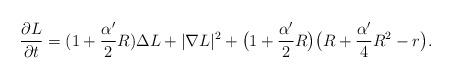
\begin{align*}\frac{\partial L}{\partial t}=(1+\frac{\alpha'}{2}R)\Delta L+|\nabla L|^2+\big(1+\frac{\alpha'}{2}R\big)\big(R+\frac{\alpha'}{4}R^2-r\big).\end{align*}